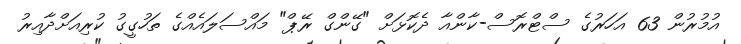
އުމުރުން 63 އަހަރުގެ ސްޓްރޮސް-ކާންއާ ދެކޮޅަށް "ގޭންގް ރޭޕް" މައްސަލައެއްގެ ތަހުގީގު ކުރިއަށްދާއިރު